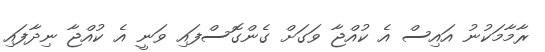
ރާމާމަކުނު އައިސް އެ ކުއްޖާ ވަގަށް ގެންގޮސްފައި ވަނީ އެ ކުއްޖާ ނިދާފައި